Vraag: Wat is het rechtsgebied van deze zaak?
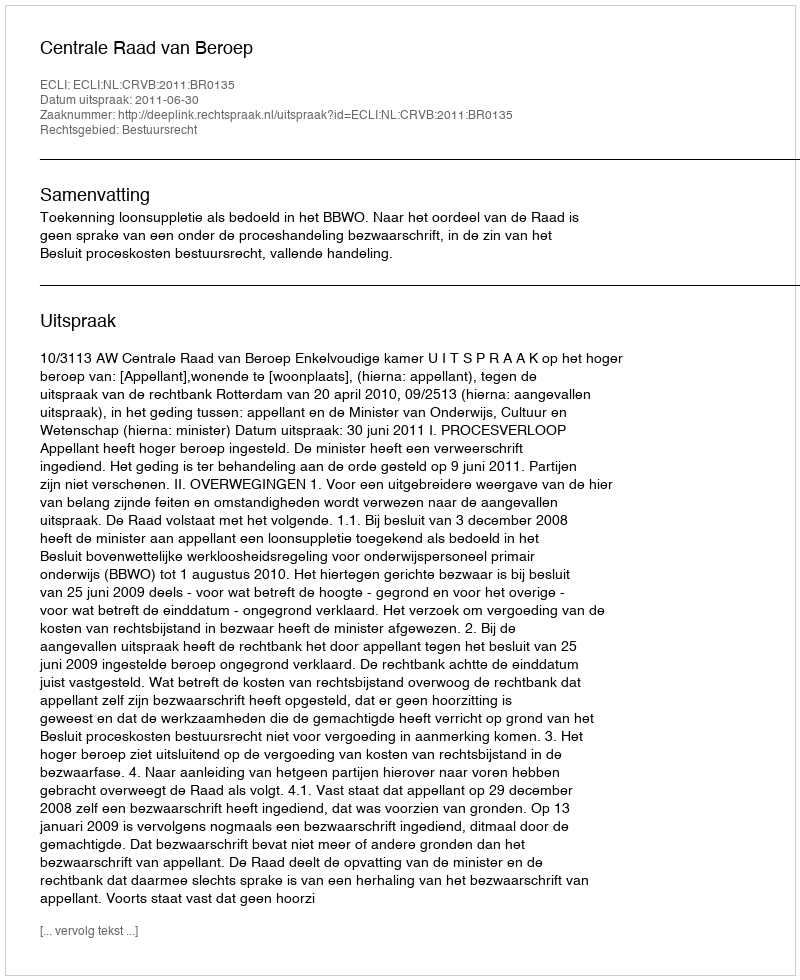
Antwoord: Bestuursrecht